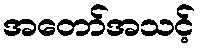
အတော်အသင့်